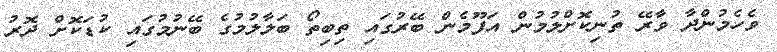
ވެހެމުންދާ ވާރޭ ތުނިކޮށްލުމުން އަފޫމެން ބޭރުގައި ތިބިތޯ ބަލާލުމުގެ ބޭނުމުގައި ކުޑަކޮށް ދޮރު